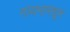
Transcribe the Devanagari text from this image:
गायनामधून